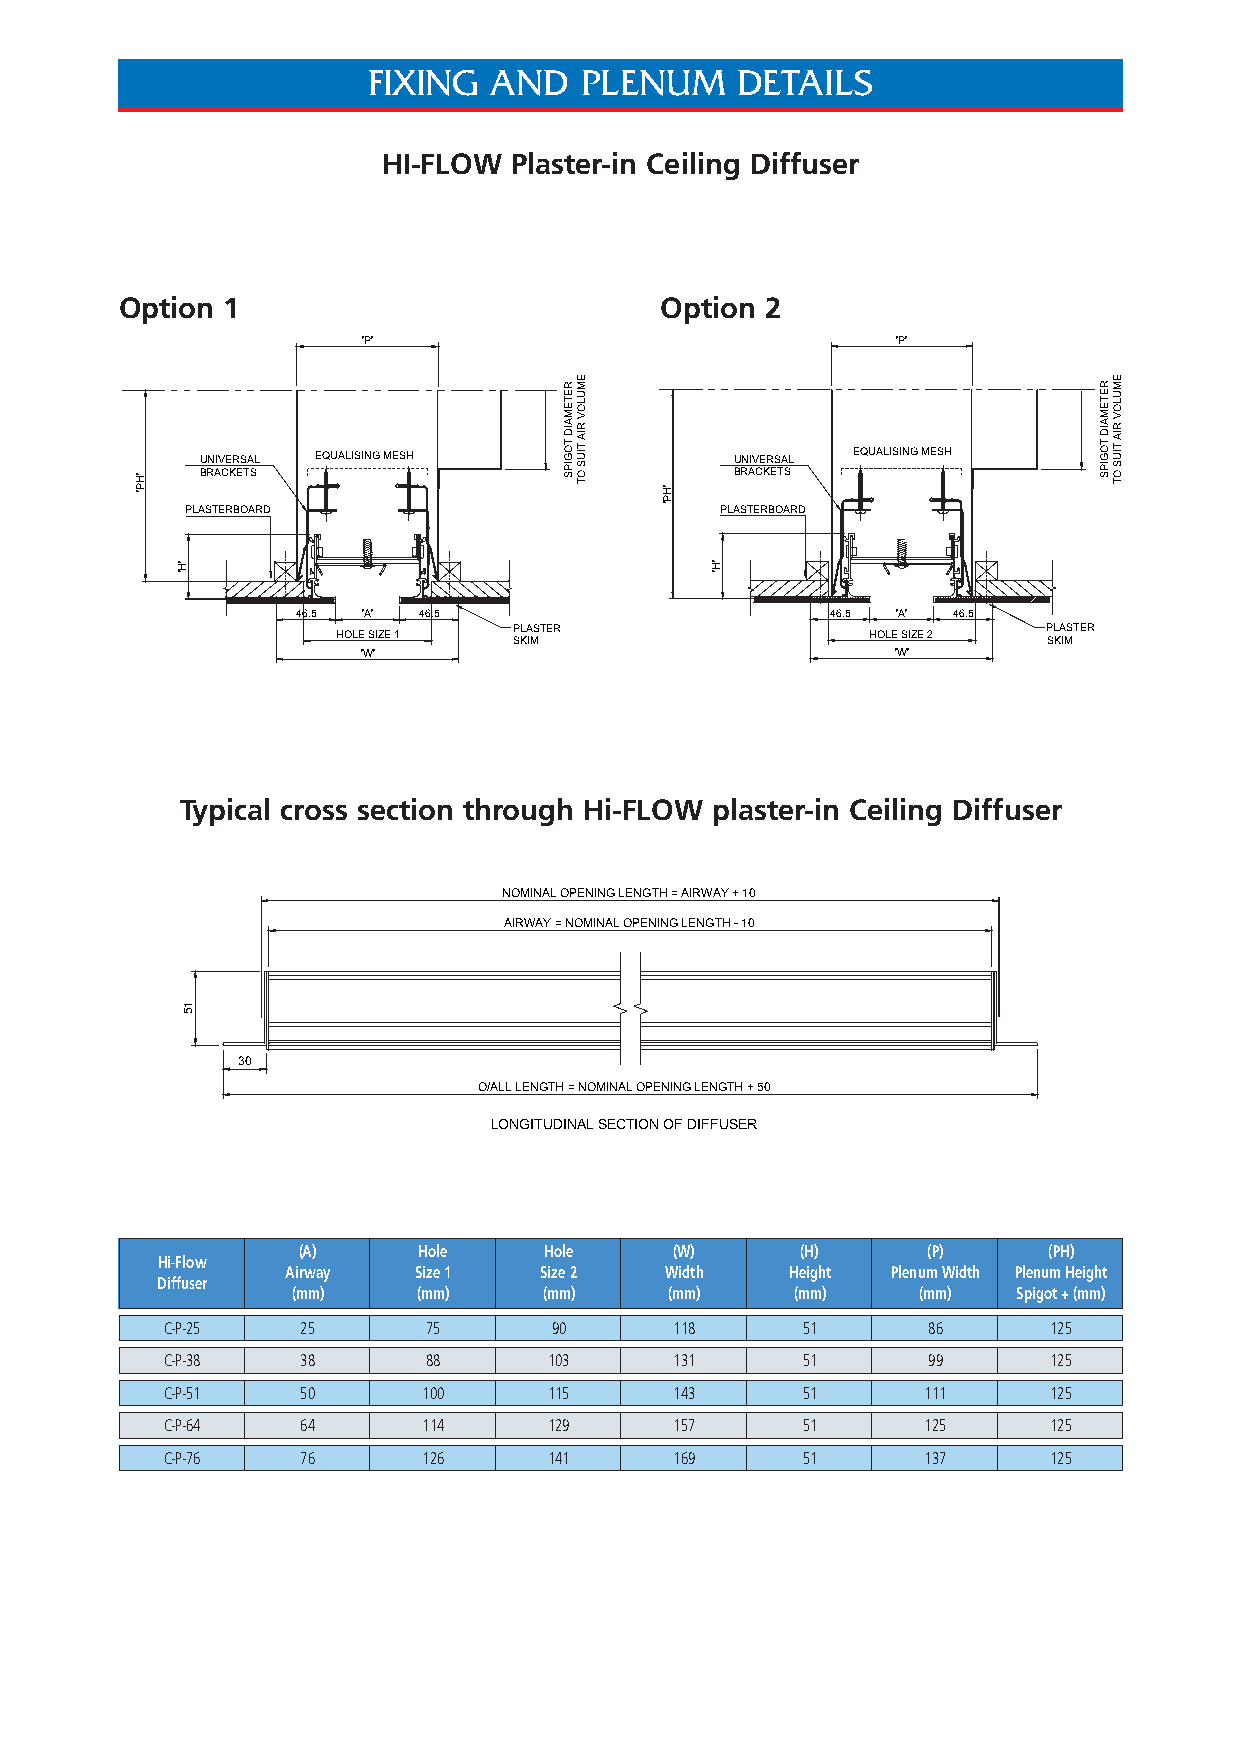
FIXING  AND   PLENUM     DETAILS
 HI-FLOW  Plaster-in Ceiling Diffuser
 Option 1                            Option 2
 'P'                                'P'
 UNIVERSAL EQUALISING MESH           UNIVERSAL EQUALISING MESH
 BRACKETS                            BRACKETS
 PLASTERBOARD                        PLASTERBOARD
 46.5 'A' 46.5                      46.5 'A' 46.5
 PLASTER                            PLASTER
 HOLE SIZE 1 SKIM                    HOLE SIZE 2 SKIM
 'W'                                'W'
 Typical cross section through Hi-FLOW plaster-in Ceiling Diffuser
 NOMINAL OPENING LENGTH = AIRWAY + 10
 AIRWAY = NOMINAL OPENING LENGTH - 10
 30
 O/ALL LENGTH = NOMINAL OPENING LENGTH + 50
 LONGITUDINAL SECTION OF DIFFUSER
 (A)     Hole    Hole     (W)     (H)     (P)     (PH)
 Hi-Flow
 Airway  Size 1   Size 2  Width   Height Plenum Width Plenum Height
 Diffuser
 (mm)     (mm)    (mm)    (mm)     (mm)    (mm)  Spigot + (mm)
 C-P-25   25      75       90      118     51      86      125
 C-P-38   38      88      103      131     51      99      125
 C-P-51   50      100     115      143     51      111     125
 C-P-64   64      114     129      157     51      125     125
 C-P-76   76      126     141      169     51      137     125
 'HP'
 'H'
 15
 RETEMAID
 TOGIPS
 EMULOV
 RIA
 TIUS
 OT
 'HP'
 'H'
 RETEMAID
 TOGIPS
 EMULOV
 RIA
 TIUS
 OT